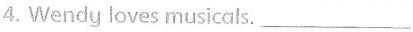
4. Wendy loves musicals.